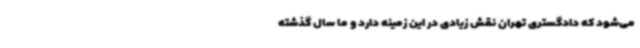
می‌شود که دادگستری تهران نقش زیادی در این زمینه دارد و ما سال گذشته